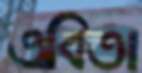
এবিতা